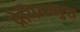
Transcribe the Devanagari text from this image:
प्रेमिकगुरु